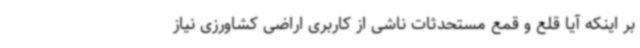
بر اینکه آیا قلع و قمع مستحدثات ناشی از کاربری اراضی کشاورزی نیاز